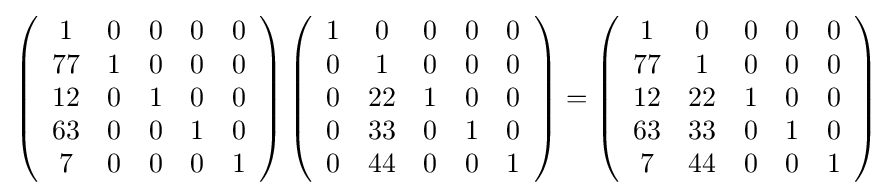
\left({\begin{array}{ccccc}1&0&0&0&0\\77&1&0&0&0\\12&0&1&0&0\\63&0&0&1&0\\7&0&0&0&1\end{array}}\right)\left({\begin{array}{ccccc}1&0&0&0&0\\0&1&0&0&0\\0&22&1&0&0\\0&33&0&1&0\\0&44&0&0&1\end{array}}\right)=\left({\begin{array}{ccccc}1&0&0&0&0\\77&1&0&0&0\\12&22&1&0&0\\63&33&0&1&0\\7&44&0&0&1\end{array}}\right)